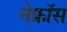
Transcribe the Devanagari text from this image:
नेफ्रॉस